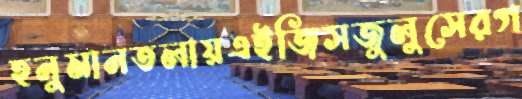
হনুমানতলায়এইজিসজুলুসেরগ